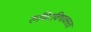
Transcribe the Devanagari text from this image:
रुधिरविषाक्तता